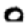
Digit: 0